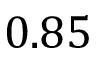
0 . 8 5